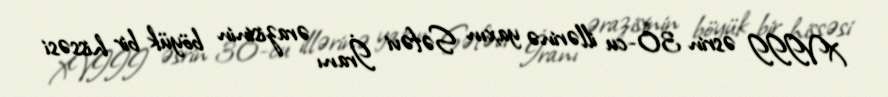
XVIII əsrin 30-cu illərinə yaxın Səfəvi İranı ərazisinin böyük bir hissəsi